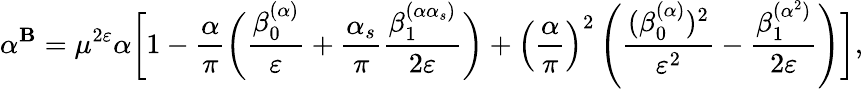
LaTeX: \alpha^{\mathbf{B}}=\mu^{2\varepsilon}\alpha\biggl[1-\frac{{\alpha}}{{\pi}}\biggl(\frac{{\beta_{0}^{(\alpha)}}}{{\varepsilon}}+\frac{{\alpha_{s}}}{{\pi}}\frac{{\beta_{1}^{(\alpha\alpha_{s})}}}{{2\varepsilon}}\biggr)+\left(\frac{{\alpha}}{{\pi}}\right)^{2}\left(\frac{{(\beta_{0}^{(\alpha)})^{2}}}{{\varepsilon^{2}}}-\frac{{\beta_{1}^{(\alpha^{2})}}}{{2\varepsilon}}\right)\biggr],